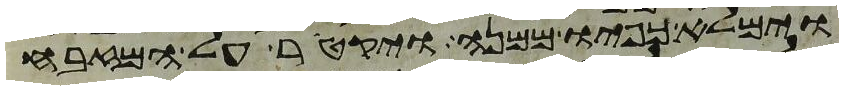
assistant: וימלא כפיו ממנה ויקטר על המזבח